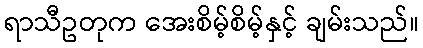
ရာသီဥတုက အေးစိမ့်စိမ့်နှင့် ချမ်းသည်။